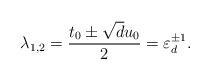
LaTeX: \begin{align*} \lambda_{1,2} = \frac{t_0 \pm \sqrt{d} u_0}{2} = \varepsilon_d^{\pm 1}.\end{align*}